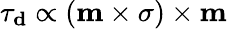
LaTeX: {\mathbf{\tau}}_{\mathbf{{d}}}\propto\left({\mathbf{m}}\times{\mathbf{\sigma}}\right)\times{\mathbf{m}}